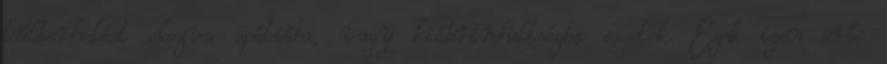
túlterhelést okozva apátiába, vagy kiábrándultságba essetek. Ezek igen erős